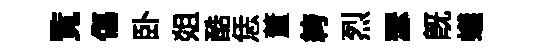
覧傷卧爼酷恁董絝烈瑟旣蟻